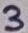
Text: 3